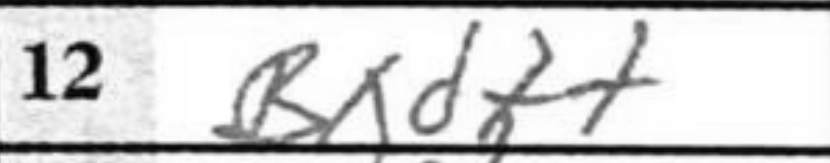
Transcription: Bxd++